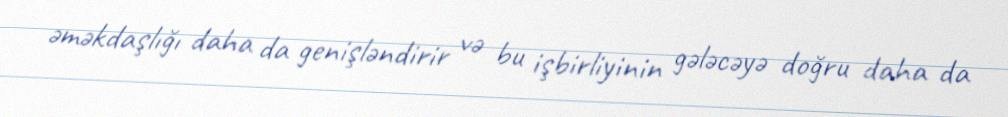
əməkdaşlığı daha da genişləndirir və bu işbirliyinin gələcəyə doğru daha da